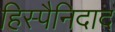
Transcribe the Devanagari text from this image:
हिस्पैनिदाद